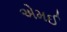
એમઈ